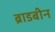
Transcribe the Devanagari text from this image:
ब्राडबीन